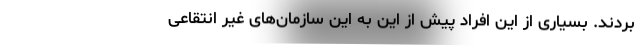
بردند. بسیاری از این افراد پیش از این به این سازمان‌های غیر انتقاعی